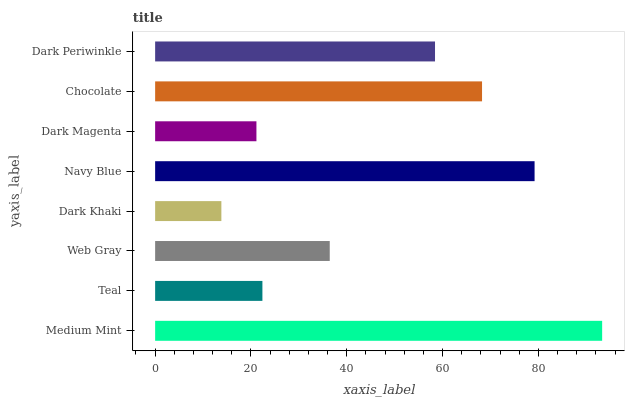
| yaxis_label | bars |
 | --- | --- |
 | Medium Mint | 93.3 |
 | Teal | 22.4 |
 | Web Gray | 36.4 |
 | Dark Khaki | 13.8 |
 | Navy Blue | 79.2 |
 | Dark Magenta | 21.1 |
 | Chocolate | 68.2 |
 | Dark Periwinkle | 58.4 |